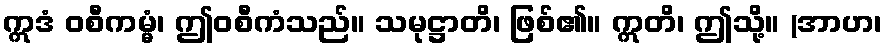
ဣဒံ ဝစီကမ္မံ၊ ဤဝစီကံသည်။ သမုဋ္ဌာတိ၊ ဖြစ်၏။ ဣတိ၊ ဤသို့။ (အာဟ၊